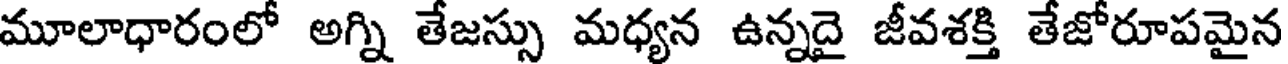
మూలాధారంలో అగ్ని తేజస్సు మధ్యన ఉన్నదై జీవశక్తి తేజోరూపమైన